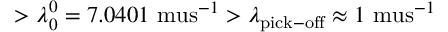
> \lambda _ { 0 } ^ { 0 } = 7 . 0 4 0 1 \mathrm { \ m u s } ^ { - 1 } > \lambda _ { \mathrm { p i c k - o f f } } \approx 1 \mathrm { \ m u s } ^ { - 1 }